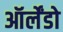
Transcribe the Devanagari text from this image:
ऑर्लेंडो